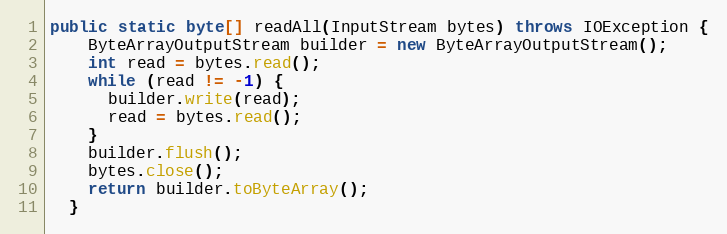
Language: Java
public static byte[] readAll(InputStream bytes) throws IOException {
    ByteArrayOutputStream builder = new ByteArrayOutputStream();
    int read = bytes.read();
    while (read != -1) {
      builder.write(read);
      read = bytes.read();
    }
    builder.flush();
    bytes.close();
    return builder.toByteArray();
  }